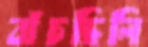
বাঁচছিলি